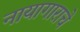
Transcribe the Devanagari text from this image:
नायागाराचे